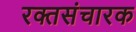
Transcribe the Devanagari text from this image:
रक्तसंचारक